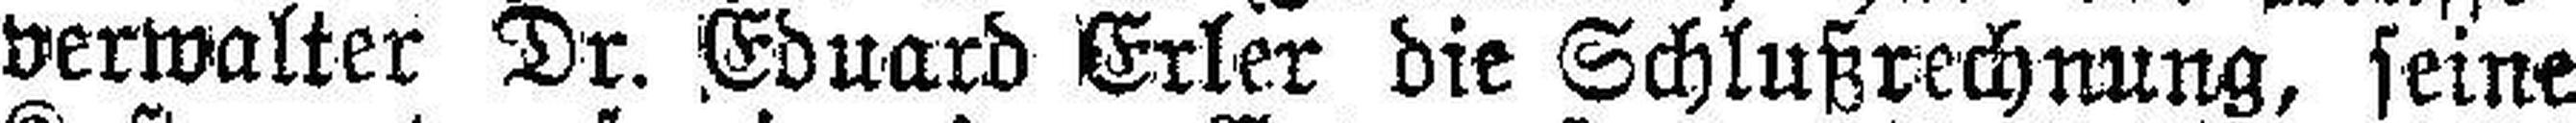
verwalter Dr. Eduard Erler die Schlußrechnung, seine